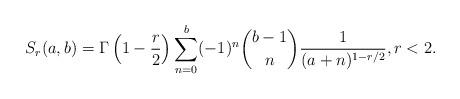
LaTeX: \begin{align*}S_r(a,b)=\Gamma\left(1-\frac{r}{2}\right)\sum_{n=0}^b (-1)^n\binom{b-1}{n} \frac{1}{(a+n)^{1-r/2}},r<2.\end{align*}